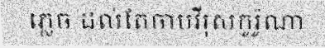
ភ្លេច ដល់តែចាបវីរុសកូរ៉ូណា